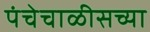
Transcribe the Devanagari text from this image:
पंचेचाळीसच्या